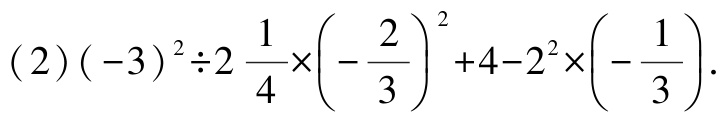
\((2)(-3)^{2}\div2\frac{1}{4}\times\left(-\frac{2}{3}\right)^{2}+4 - 2^{2}\times\left(-\frac{1}{3}\right)\)